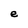
Character: e